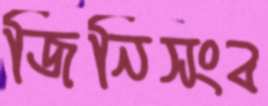
জিনিসংব